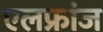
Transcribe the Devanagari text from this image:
एलफ्रांज